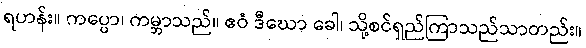
ရဟန်း။ ကပ္ပော၊ ကမ္ဘာသည်။ ဧဝံ ဒီဃော ခေါ၊ သို့စင်ရှည်ကြာသည်သာတည်း။